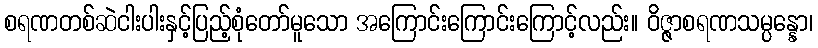
စရဏတစ်ဆဲငါးပါးနှင့်ပြည့်စုံတော်မူသော အကြောင်းကြောင်းကြောင့်လည်း။ ဝိဇ္ဇာစရဏသမ္ပန္နော၊